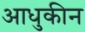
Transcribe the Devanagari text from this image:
आधुकीन